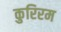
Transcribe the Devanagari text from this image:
कुरिरम